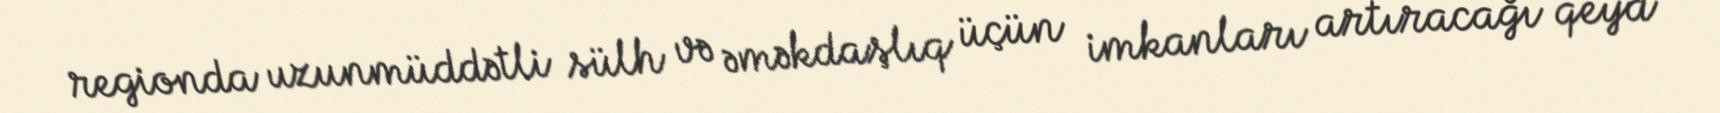
regionda uzunmüddətli sülh və əməkdaşlıq üçün imkanları artıracağı qeyd